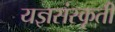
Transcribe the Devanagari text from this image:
यज्ञसंस्कृती